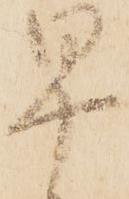
早